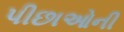
પીછાઓની